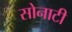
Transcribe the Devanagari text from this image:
सोनाटी